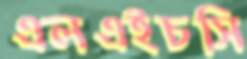
এলএইচসি